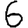
Digit: 6